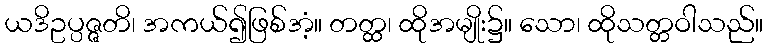
ယဒိဥပ္ပဇ္ဇတိ၊ အကယ်၍ဖြစ်အံ့။ တတ္ထ၊ ထိုအမျိုး၌။ သော၊ ထိုသတ္တဝါသည်။